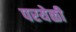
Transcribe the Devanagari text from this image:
परयेळी